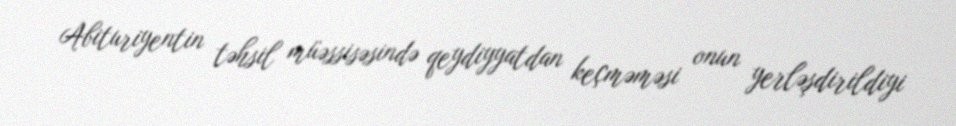
Abituriyentin təhsil müəssisəsində qeydiyyatdan keçməməsi onun yerləşdirildiyi